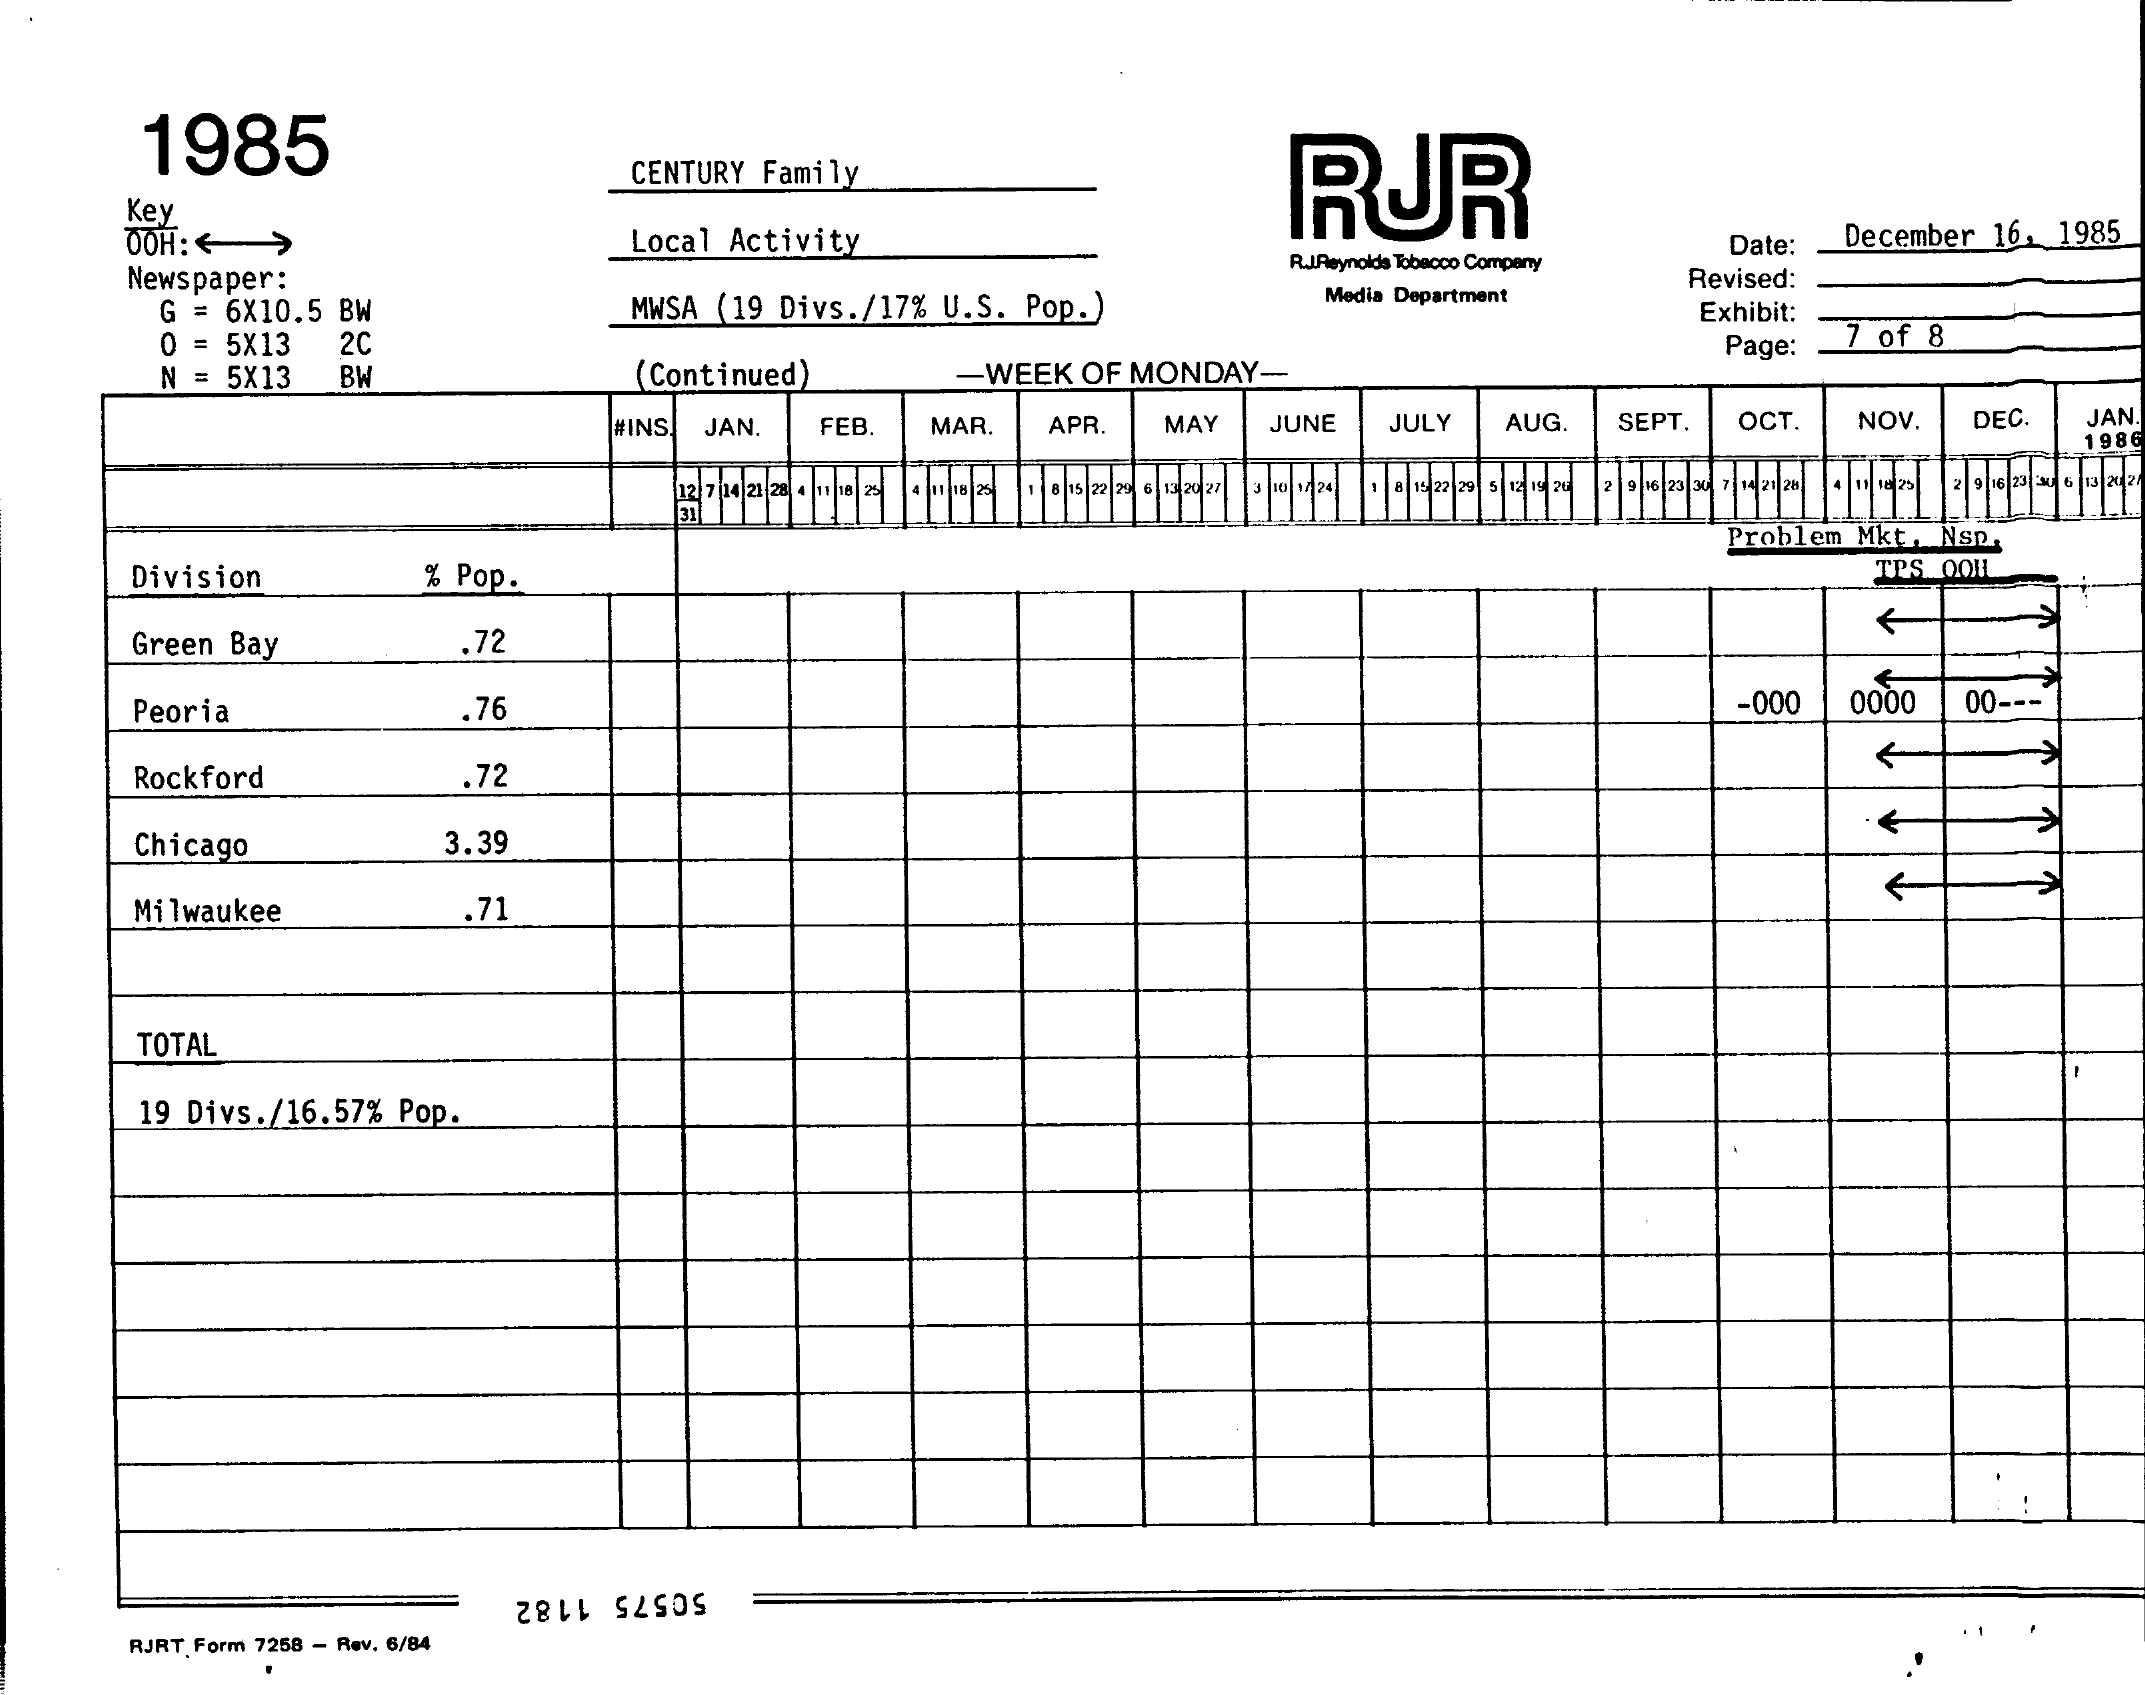
1985
     CENTURY Family    RUR
     Key
     OOH: <    Local Activity
     R.J.Reynolds Tobacco Company
     Date: December 16, 1985
     Newspaper:
     MWSA (19 Divs./17% U.S. Pop.) Media Department
     Revised:
     G = 6X10.5 BW    Exhibit:
     0 = 5X13
     N = 5X13
     2C
     BW    (Continued)
     Page: 7 of 8
     -WEEK OF MONDAY-
     #INS JAN. FEB MAR. APR. MAY JUNE JULY AUG. SEPT. OCT. NOV. DEC JAN
     1986
     Problem Mkt, Nsp.
     Division  % Pop.    TPS OOH
     Green Bay   .72
     Peoria    .76    -000 0000 00 ---
     Rockford    .72
     Chicago    3.39
     Milwaukee   .71
     TOTAL
     19 Divs./16.57% Pop.
     RJRT. Form 7258 - Rev. 6/84
     50575 1182